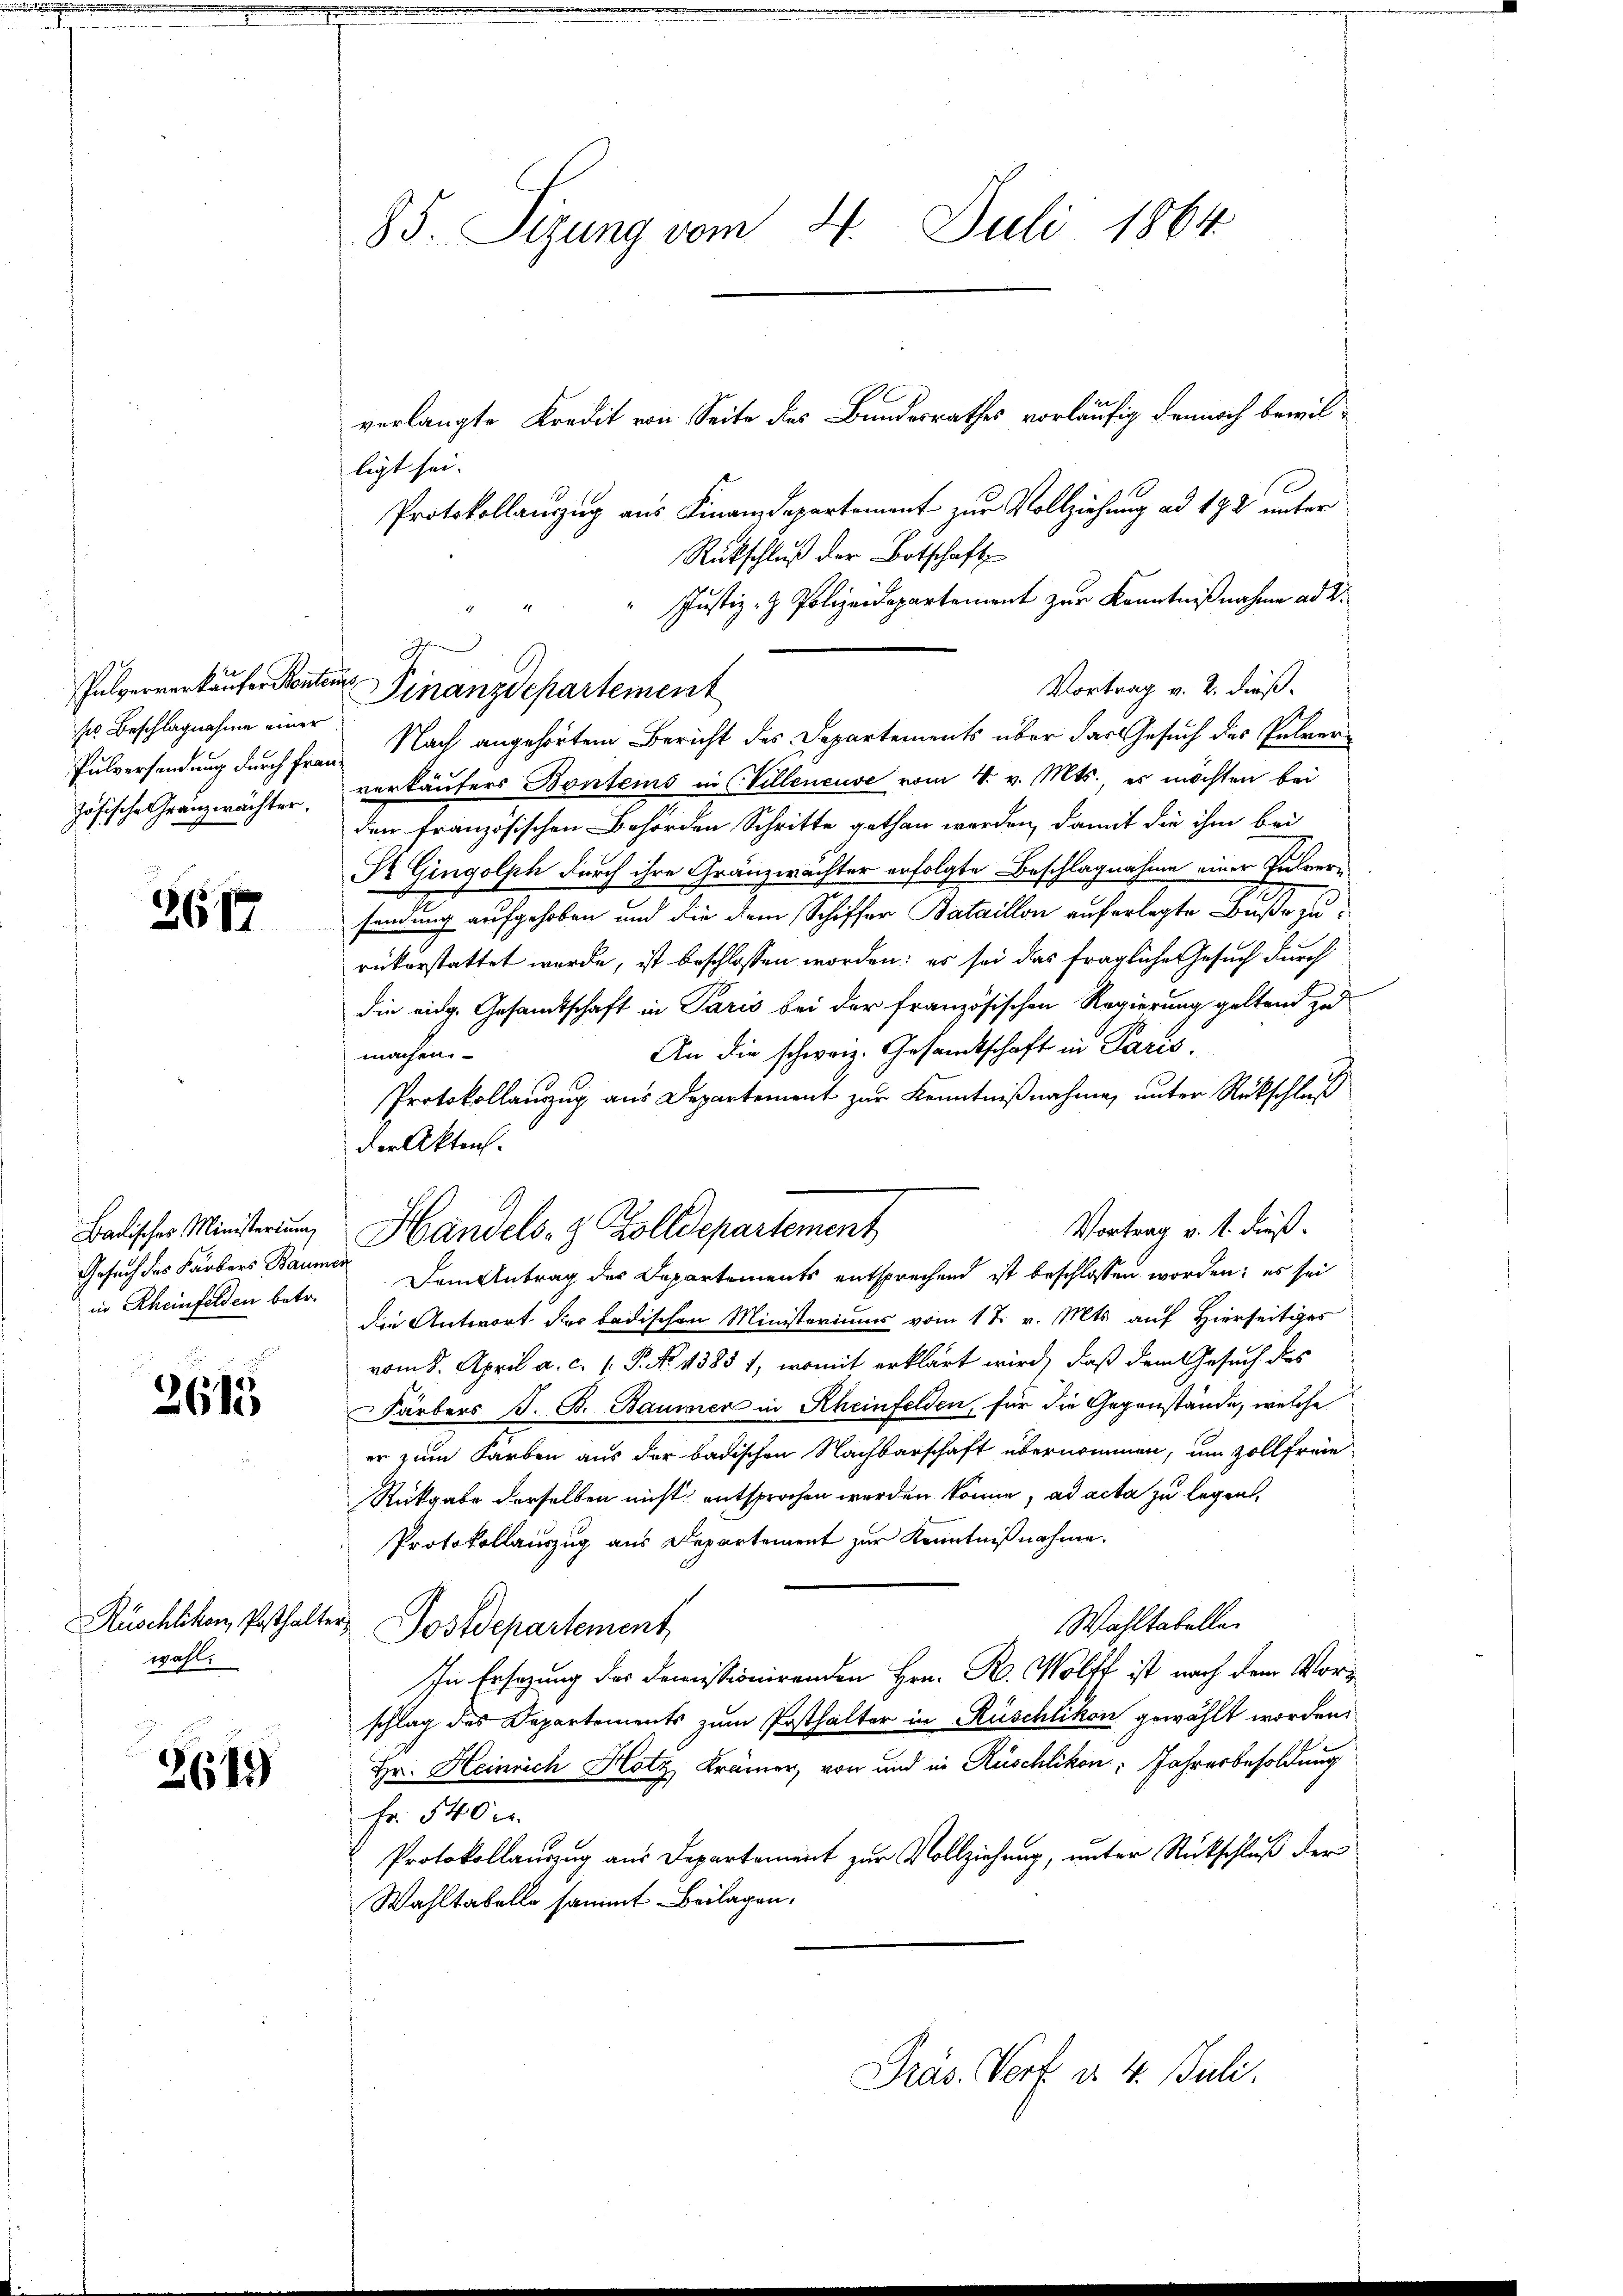
Pulververkaufer Konten
ses Beschlagnahme einer

2617

verlangte Kredit von Seite des Bundesrathes vorläufig dennoch bewilligt sei.
Protokollanzug aus Finanzdepartement zur Vollziehung ad 174 unter
Rückschluß der Botschaft
Justiz- & Polizeidepartement zur Kenntnißnahme ad 2.
Vortrag v. 2. dieß.
Pulversendung durch Frau Nach angehörtem Bericht des Departements über das Gesuch des Pulverzösische Granzwächter, verkäufers Bontems in Villeneuve vom 4. v. Mts., es möchten bei
den französischen Behörden Schritte gethan werden, damit die ihm bei
R Gingolph durch ihre Gränzwächter erfolgte Beschlagnahme einer Pulversendung aufgehoben und die dem Schiffer Bataillon auferlegte Buße zurükerstattet werde, ist beschlossen worden: es sei das fragliche Gesuch durch
die eidg. Gesamtschaft in Paris bei der französischen Regierung geltend zu
An die schweiz. Gesandtschaft in Paris.
machen.
Protokollanzug aus Departement zur Kenntnißnahme, unter Rückschluß
der Akten.
s
Vortrag v. 1. dieß.
Badischer Ministerŭng Handels- & Zolldepartement
Dem Antrag des Departements entsprechend ist beschlossen worden; es sei
die Antwort der badischen Ministeriums vom 17. v. Mts. auf Hierseitiges
vom 8. April a. c. 1. P. No 1385 1, womit erklärt wird, daß dem Gesuch des
Färbers J. B. Baumer in Rheinfelden, für die Gegenstände, welche
er zum Farben aus der badischen Nachbarschaft übernommen, um soll freie
Rückgabe derselben nicht entsprochen werden könne, ad acta zu legen,
Protokollauszug aus Departement zur Kenntnißnahme.
Wahltabelle.
Postdepartement,
In Ersatzung des Demissionirenden Hrn. R. Wolff ist nach dem Vorschlag des Departements zum Posthalter in Rüschlikon gewählt worden.
Hr. Heinrich Hotz Krämer, von und in Rüschlikon: Jahresbesoldung
Fr. 540 x
Protokollauszug aus Departement zur Vollziehung, unter Rückschluß der
Wahltabelle sammt Beilagen.
Präs. Verf. d. 4. Juli.

Gesuch des Färbers Baumen
in Rheinfelden betr.

2615

Rüschlikon, Posthalter,
wahl.

2649

85. Sizung vom 4. Juli 1864.

A
Finanzdepartement